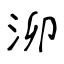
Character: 泖